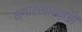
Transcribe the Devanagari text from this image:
नगारखान्याची